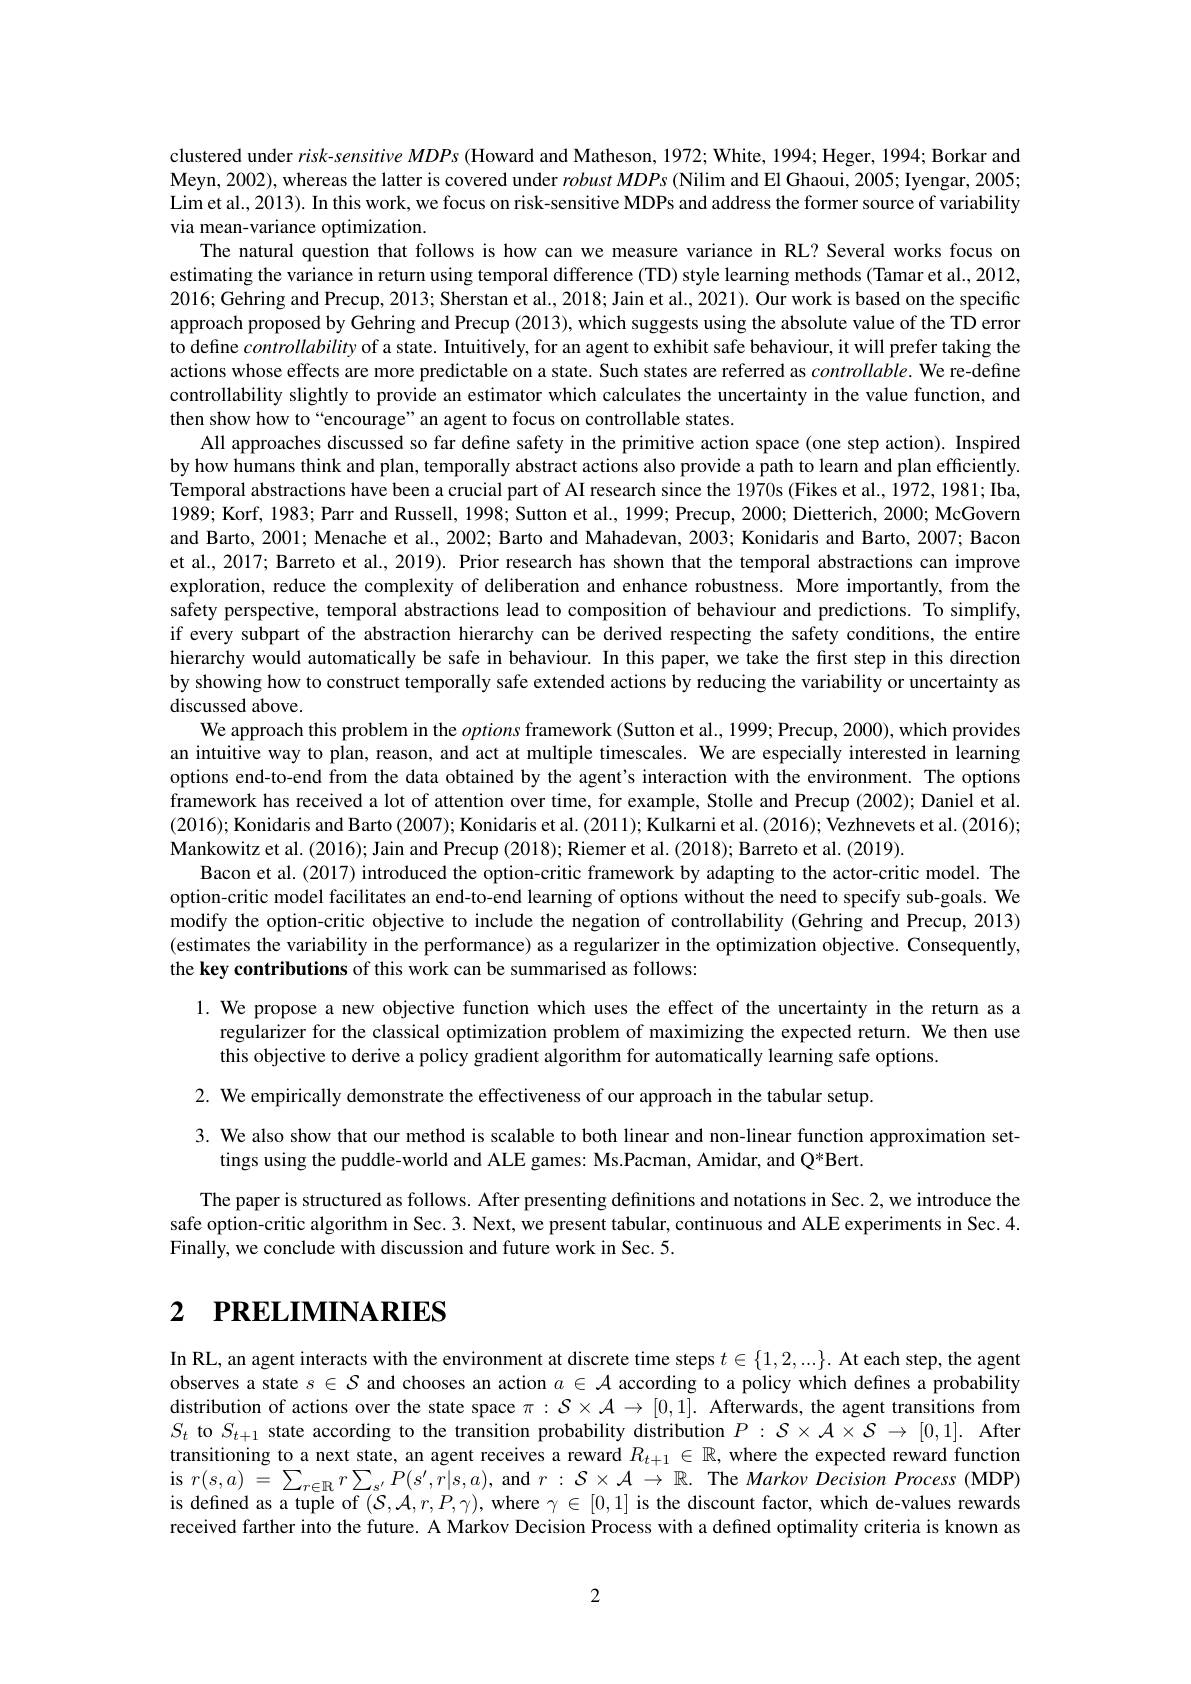
clustered under $risk-sensitiveMDPs$ (Howard and Matheson, 1972; White, 1994; Heger, 1994; Borkar and Meyn, 2002), whereas the latter is covered under $robust\textit{MDPs ( Nilim and El Ghaoui, 2005; Iyengar, 2005; }$ Lim et al., 2013). In this work, we focus on risk-sensitive MDPs and address the former source of variability via mean-variance optimization.
The natural question that follows is how can we measure variance in RL? Several works focus on estimating the variance in return using temporal difference (TD) style learning methods (Tamar et al., 2012, 2016; Gehring and Precup, 2013; Sherstan et al., 2018; Jain et al., 2021). Our work is based on the specific approach proposed by Gehring and Precup (2013), which suggests using the absolute value of the TD error to define controllability of a state. Intuitively, for an agent to exhibit safe behaviour, it will prefer taking the actions whose effects are more predictable on a state. Such states are referred as $controllable.$ We re-define controllability slightly to provide an estimator which calculates the uncertainty in the value function, and then show how to“encourage” an agent to focus on controllable states.
All approaches discussed so far define safety in the primitive action space (one step action). Inspired by how humans think and plan, temporally abstract actions also provide a path to learn and plan efficiently. Temporal abstractions have been a crucial part of AI research since the 1970s (Fikes et al., 1972, 1981; Ibay 1989; Korf, 1983; Parr and Russell, 1998; Sutton et al., 1999; Precup, 2000; Dietterich, 2000; McGovern and Barto, 2001; Menache et al., 2002; Barto and Mahadevan, 2003; Konidaris and Barto, 2007; Bacon et al., 2017; Barreto et al., 2019). Prior research has shown that the temporal abstractions can improve exploration, reduce the complexity of deliberation and enhance robustness. More importantly, from the safety perspective, temporal abstractions lead to composition of behaviour and predictions. To simplify, if every subpart of the abstraction hierarchy can be derived respecting the safety conditions, the entire hierarchy would automatically be safe in behaviour. In this paper, we take the first step in this direction by showing how to construct temporally safe extended actions by reducing the variability or uncertainty as discussed above.
We approach this problem in the options framework (Sutton et al., 1999; Precup, 2000), which provides an intuitive way to plan, reason, and act at multiple timescales. We are especially interested in learning options end-to-end from the data obtained by the agent's interaction with the environment. The options framework has received a lot of attention over time, for example, Stolle and Precup (2002); Daniel et al. (2016); Konidaris and Barto (2007); Konidaris et al. (2011); Kulkarni et al. (2016); Vezhnevets et al. (2016); Mankowitz et al. (2016); Jain and Precup (2018); Riemer et al. (2018); Barreto et al. (2019).
Bacon et al.(2017) introduced the option-critic framework by adapting to the actor-critic model. The option-critic model facilitates an end-to-end learning of options without the need to specify sub-goals. We modify the option-critic objective to include the negation of controllability (Gehring and Precup, 2013) (estimates the variability in the performance) as a regularizer in the optimization objective. Consequently, the key contributions of this work can be summarised as follows:
l. We propose a new objective function which uses the effect of the uncertainty in the return as a

regularizer for the classical optimization problem of maximizing the expected return. We then use
this objective to derive a policy gradient algorithm for automatically learning safe options

2. We empirically demonstrate the effectiveness of our approach in the tabular setup.

3. We also show that our method is scalable to both linear and non-linear function approximation set-
tings using the puddle-world and ALE games: Ms.Pacman, Amidar, and Q*Bert.

The paper is structured as follows. After presenting definitions and notations in Sec. 2, we introduce the safe option-critic algorithm in Sec. 3. Next, we present tabular, continuous and ALE experiments in Sec. 4. Finally, we conclude with discussion and future work in Sec. 5.

# 2 $\textbf{PRELIMINARIES}$

$\operatorname{In}$RL, an agent interacts with the environment at discrete time steps $t\in\{1,2,...\}.$ At each step, the agent observes a state $s\in\mathcal{S}$ and chooses an action $a\in\mathcal{A}$ according to a policy which defines a probability distribution of actions over the state space $\pi:S\times\mathcal{A}\to[0,1].$ Afterwards, the agent transitions from $S_t$ to $S_{t+1}$ state according to the transition probability distribution $P:\mathcal{S}\times\mathcal{A}\times\mathcal{S}\to[0,1].$ After transitioning to a next state, an agent receives a reward $R_{t+1}\in\mathbb{R}$, where the expected reward function $\begin{array}{l}\mathrm{is~}r(s,a)&=&\sum_{r\in\mathbb{R}}r\sum_{s^{\prime}}P(s^{\prime},r|s,a),\mathrm{~and~}r:&\mathcal{S}\times\mathcal{A}\to&\mathbb{R}.\end{array}$The Markov Decision Process(MDP) is defined as a tuple of $(\mathcal{S},\mathcal{A},r,P,\gamma)$, where $\gamma\in[0,1]$ is the discount factor, which de-values rewards received farther into the future. A Markov Decision Process with a defined optimality criteria is known as

2